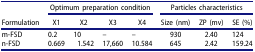
|  | <COLSPAN=4> Optimum preparation condition | <COLSPAN=3> Particles characteristics |
 | Formulation | X1 | X2 | X3 | X4 | Size (nm) | ZP (mv) | SE (%) |
 | --- | --- | --- | --- | --- | --- | --- | --- |
 | m-FSD | 0.2 | 10 | – | – | 930 | 2.40 | 124 |
 | n-FSD | 0.669 | 1.542 | 17,660 | 10.584 | 645 | 2.42 | 159.24 |